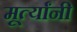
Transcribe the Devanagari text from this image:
मूर्त्यांनी